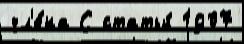
чл'е́на С статьи́ 1907